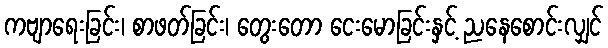
ကဗျာရေးခြင်း၊ စာဖတ်ခြင်း၊ တွေးတော ငေးမောခြင်းနှင့် ညနေစောင်းလျှင်